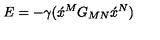
E = - \gamma ( \acute { x } \vphantom { x } ^ { M } G _ { M N } \acute { x } \vphantom { x } ^ { N } )